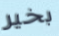
بخير